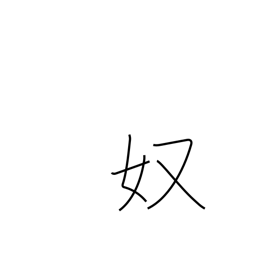
Meaning: guy